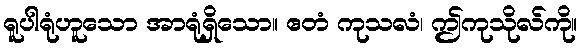
ရူပါရုံဟူသော အာရုံရှိသော။ ဧတံ ကုသလံ၊ ဤကုသိုလ်ကို။